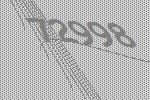
72998